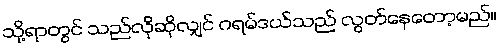
သို့ရာတွင် သည်လိုဆိုလျှင် ဂရမ်ဒယ်သည် လွတ်နေတော့မည်။